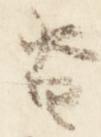
沓